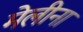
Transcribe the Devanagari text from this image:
मेलीना